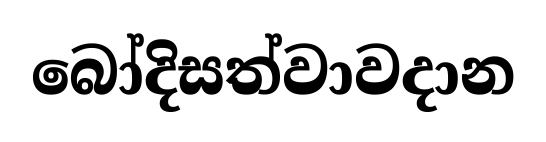
බෝදිසත්වාවදාන